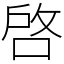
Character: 啓